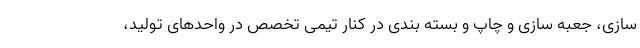
سازی، جعبه سازی و چاپ و بسته بندی در کنار تیمی تخصص در واحدهای تولید،